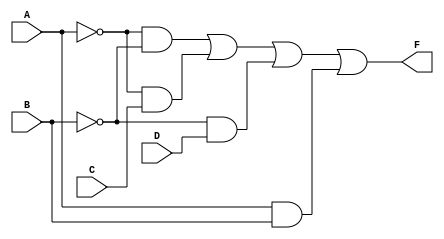
module kmap_4var (
    input wire A,     // Input A
    input wire B,     // Input B
    input wire C,     // Input C
    input wire D,     // Input D
    output wire F     // Output F
);

// Internal signals for intermediate terms
wire A_not, B_not, C_not, D_not;
wire term1, term2, term3, term4;

// Invert inputs
not (A_not, A);
not (B_not, B);
not (C_not, C);
not (D_not, D);

// Define the terms based on the simplified expression
and (term1, A_not, B_not);  // A'B'
and (term2, A_not, C);       // A'C
and (term3, B_not, D);       // B'D
and (term4, A, B);           // AB

// Combine the terms using OR
or (F, term1, term2, term3, term4);

endmodule